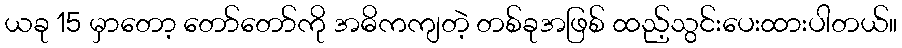
ယခု 15 မှာတော့ တော်တော်ကို အဓိကကျတဲ့ တစ်ခုအဖြစ် ထည့်သွင်းပေးထားပါတယ်။